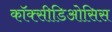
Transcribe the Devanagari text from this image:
कॉक्सीडिओसिस